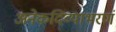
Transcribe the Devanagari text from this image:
अनेकदिव्याभरणं